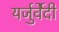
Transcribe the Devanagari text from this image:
यर्जुर्वेेदी